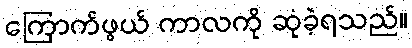
ကြောက်ဖွယ် ကာလကို ဆုံခဲ့ရသည်။